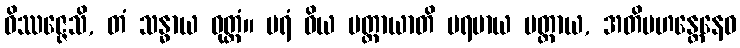
ဝိဿဇ္ဇေသိ, တံ သန္ဓာယ ဝုတ္တံ။ ပရံ ဝိယ မတ္တာယာတိ ပရမာယ မတ္တာယ, အတိမဟန္တေနေဝ